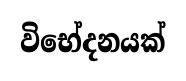
විභේදනයක්